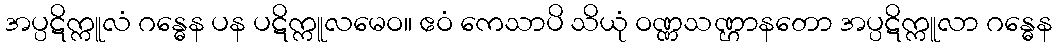
အပ္ပဋိက္ကူလံ ဂန္ဓေန ပန ပဋိက္ကူလမေဝ။ ဧဝံ ကေသာပိ သိယုံ ဝဏ္ဏသဏ္ဌာနတော အပ္ပဋိက္ကူလာ ဂန္ဓေန